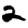
Digit: 2